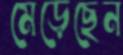
মেড়েছেন